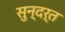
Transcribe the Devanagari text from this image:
सुन्दर्त